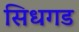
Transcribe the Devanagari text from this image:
सिधगड